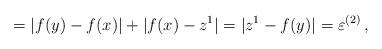
LaTeX: \begin{align*}=|f(y)- f(x)|+|f(x)-z^1|= |z^1-f(y)|=\varepsilon^{(2)}\,,\end{align*}